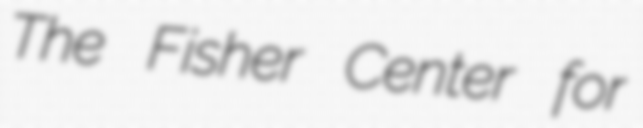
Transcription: The Fisher Center for